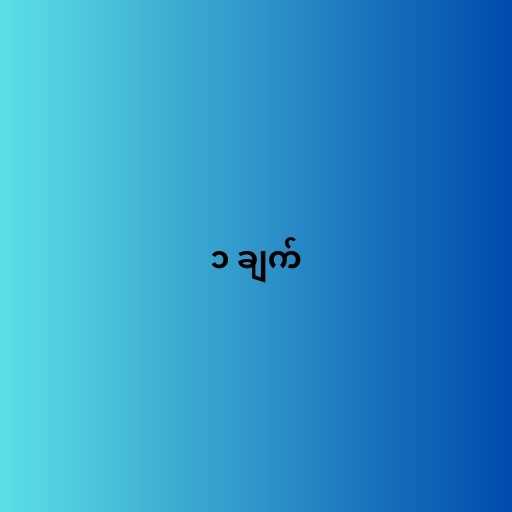
၁ ချက်